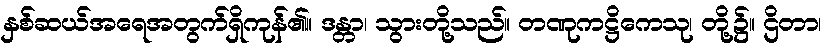
နှစ်ဆယ်အရေအတွက်ရှိကုန်၏။ ဒန္တာ၊ သွားတို့သည်။ တဏုကဋ္ဌိကေသု၊ တို့၌။ ဌိတာ၊